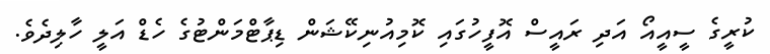
ކުރީގެ ސީއީއޯ އަދި ރައީސް އޮފީހުގައި ކޮމިއުނިކޭޝަން ޑިޕާޓްމަންޓުގެ ހެޑް އަލީ ހާލިދެވެ.